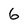
Character: 6